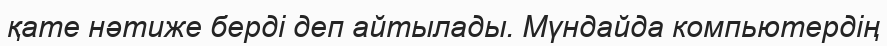
қате нәтиже берді деп айтылады. Мүндайда компьютердің